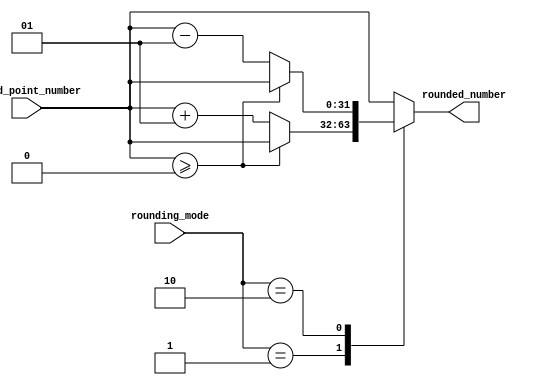
module fixed_point_rounding_unit (
  input wire signed [31:0] fixed_point_number,
  input wire [1:0] rounding_mode,
  output reg signed [31:0] rounded_number
);

always @(*) begin
  case (rounding_mode)
    2'b00: rounded_number = fixed_point_number; // Round to nearest
    2'b01: rounded_number = (fixed_point_number >= 0) ? fixed_point_number : fixed_point_number + 1; // Round up
    2'b10: rounded_number = (fixed_point_number >= 0) ? fixed_point_number : fixed_point_number - 1; // Round down
    default: rounded_number = fixed_point_number; // Round to nearest as default
  endcase
end

endmodule